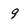
Character: 9